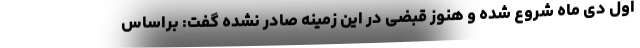
اول دی ماه شروع شده و هنوز قبضی در این زمینه صادر نشده گفت: براساس